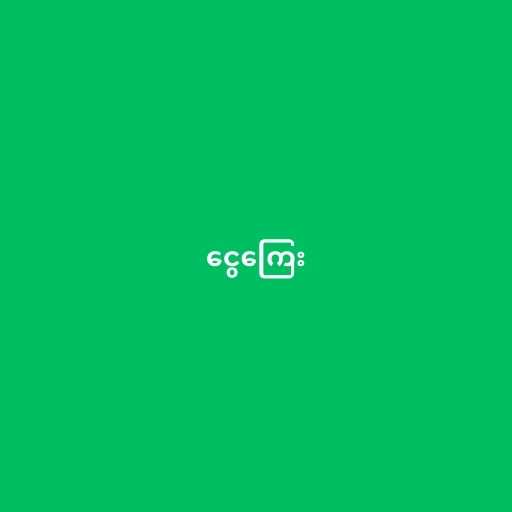
ငွေကြေး